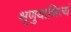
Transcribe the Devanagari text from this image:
श्रृणुयान्नित्यं